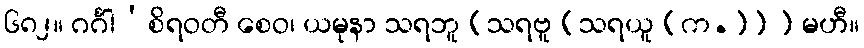
၆၈၂။ ဂင်္ဂါ’စိရဝတီ စေဝ၊ ယမုနာ သရဘူ (သရဗူ [သရယူ (က.)] ) မဟီ။